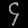
Digit: ၄